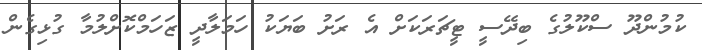
ކުމުންދޫ ސްކޫލުގެ ބިދޭސީ ޓީޗަރަކަށް އެ ރަށު ބަޔަކު ހަމަލާދީ ޒަހަމްކޮށްލުމާ ގުޅިގެން